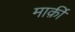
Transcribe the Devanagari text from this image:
मार्क़ी